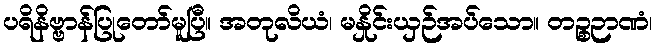
ပရိနိဗ္ဗာန်ပြုတော်မူပြီ။ အတုလိယံ၊ မနှိုင်းယှဉ်အပ်သော။ တဉ္စဉာဏံ၊